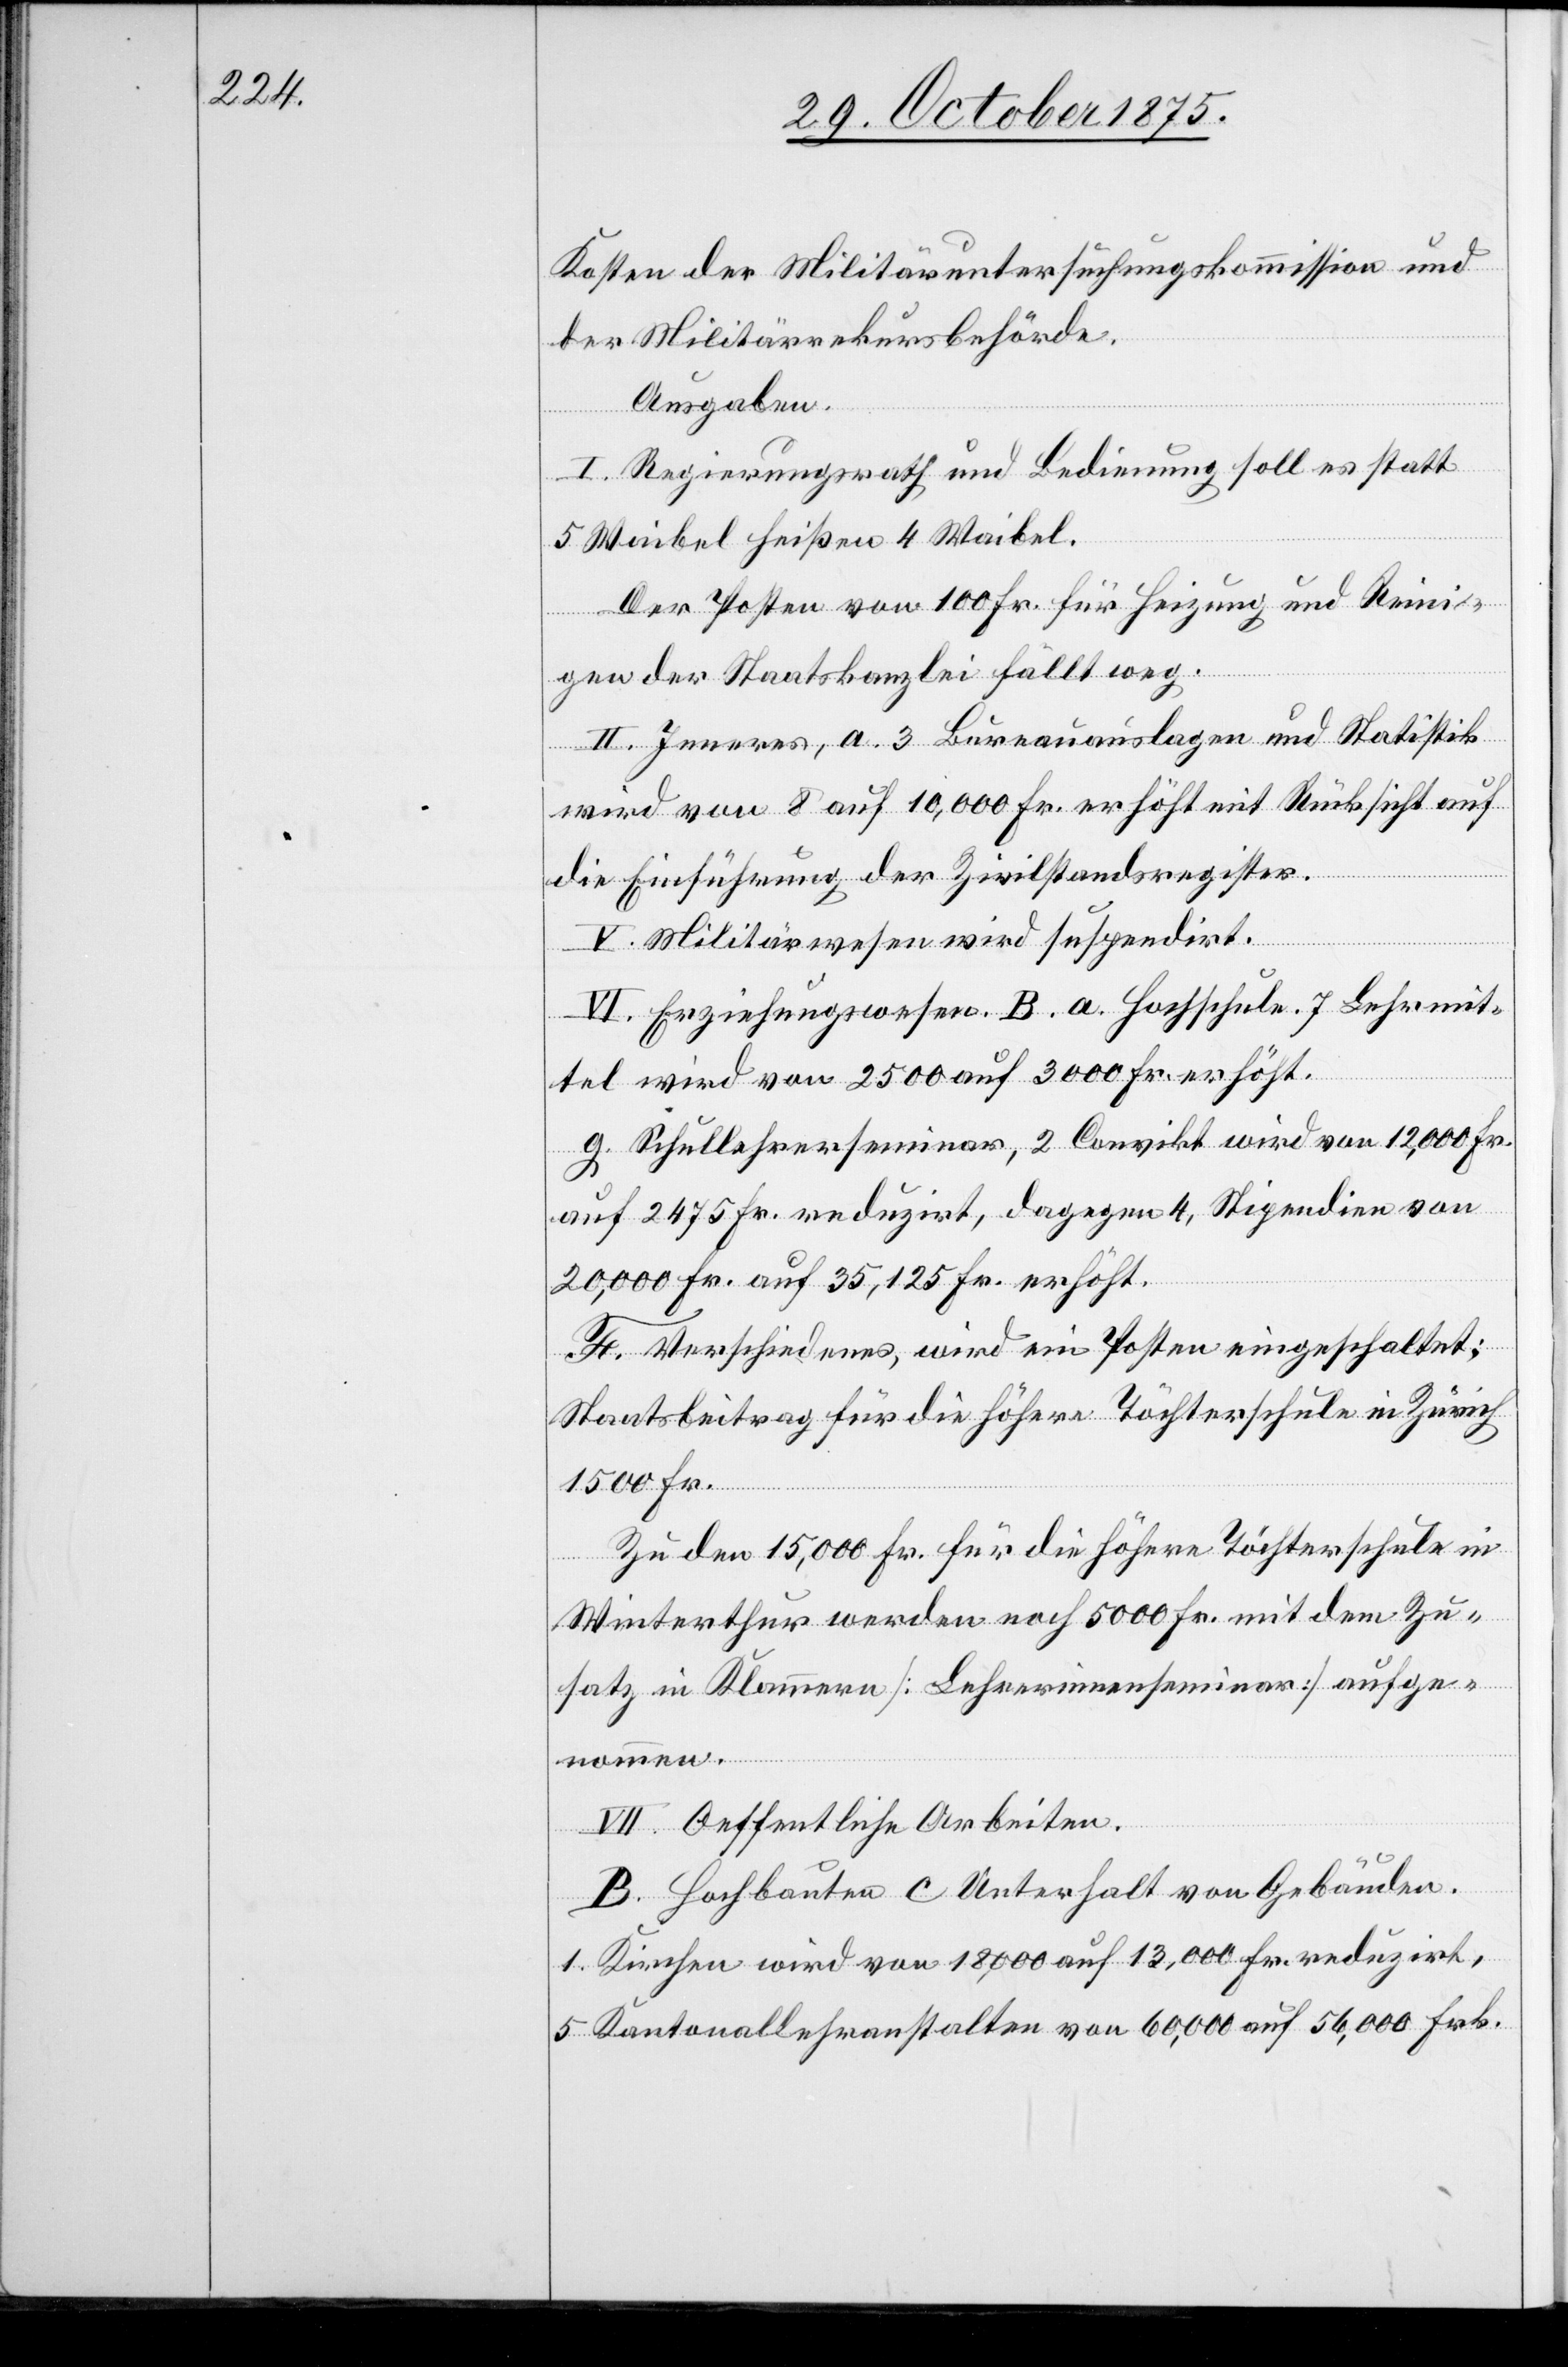
Kosten der Militäruntersuchungskommission und
der Militärrekursbehörde.
Ausgaben.
I. Regierungsrath und Bedienung soll es statt
5 Waibel heißen 4 Waibel.
Der Posten von 100 Fr. für Heizung und Reini¬
gen der Staatskanzlei fällt weg.
II. Inneres, a.3 Bureauauslagen und Statistik
wird von 8 auf 10,000 Fr. erhöht mit Rücksicht auf
die Einführung der Zivilstandsregister.
nommen.
V. Militärwesen wird suspendirt.
VI. Erziehungswesen. B. a. Hochschule. 7 Lehrmit¬
tel wird von 2500 auf 3000 Fr. erhöht.
g. Schullehrerseminar, 2 Convikt wird von 12,000 Fr.
auf 2475 Fr. reduzirt, dagegen 4, Stipendien von
20,000 Fr. auf 35,125 Fr. erhöht.
F. Verschiedenes, wird ein Posten eingeschaltet;
Staatsbeitrag für die höhere Töchterschule in Zürich
1500 Fr.
Zu den 15,000 Fr. für die höhere Töchterschule in
Winterthur werden noch 5000 Fr. mit dem Zu¬
satz in Klammern [Lehrerinnenseminar] aufge¬
VII. Oeffentliche Arbeiten.
B. Hochbauten c. Unterhalt von Gebäuden.
1. Kirchen wird von 18,000 auf 13,000 Fr. reduzirt,
5. Kantonallehranstalten von 60,000 auf 56,000 Frk.